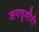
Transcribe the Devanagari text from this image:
जगद्‌गौरी